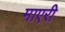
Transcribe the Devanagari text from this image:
माएरी